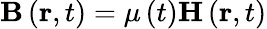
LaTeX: \mathbf{B}\left(\mathbf{r},t\right)=\mu\left(t\right)\mathbf{H}\left(\mathbf{r},t\right)